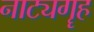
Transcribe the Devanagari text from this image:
नाट्यगॄह